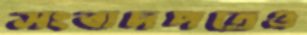
সংবাদপত্রেও